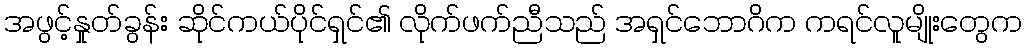
အဖွင့်နှုတ်ခွန်း ဆိုင်ကယ်ပိုင်ရှင်၏ လိုက်ဖက်ညီသည် အရှင်ဘောဂိက ကရင်လူမျိုးတွေက